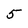
Character: 5